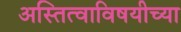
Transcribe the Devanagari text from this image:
अस्तित्वाविषयीच्या